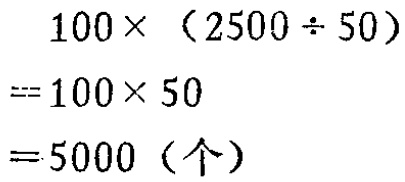
\[
\begin{align*}
&100\times(2500\div50)\\
=&100\times50\\
=&5000 (\text{个})
\end{align*}
\]